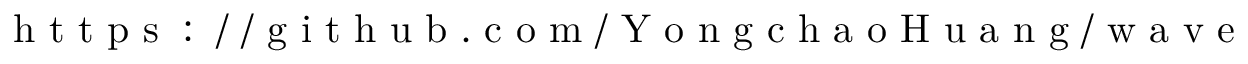
\mathrm { ~ h ~ t ~ t ~ p ~ s ~ : ~ / ~ / ~ g ~ i ~ t ~ h ~ u ~ b ~ . ~ c ~ o ~ m ~ / ~ Y ~ o ~ n ~ g ~ c ~ h ~ a ~ o ~ H ~ u ~ a ~ n ~ g ~ / ~ w ~ a ~ v ~ e ~ }